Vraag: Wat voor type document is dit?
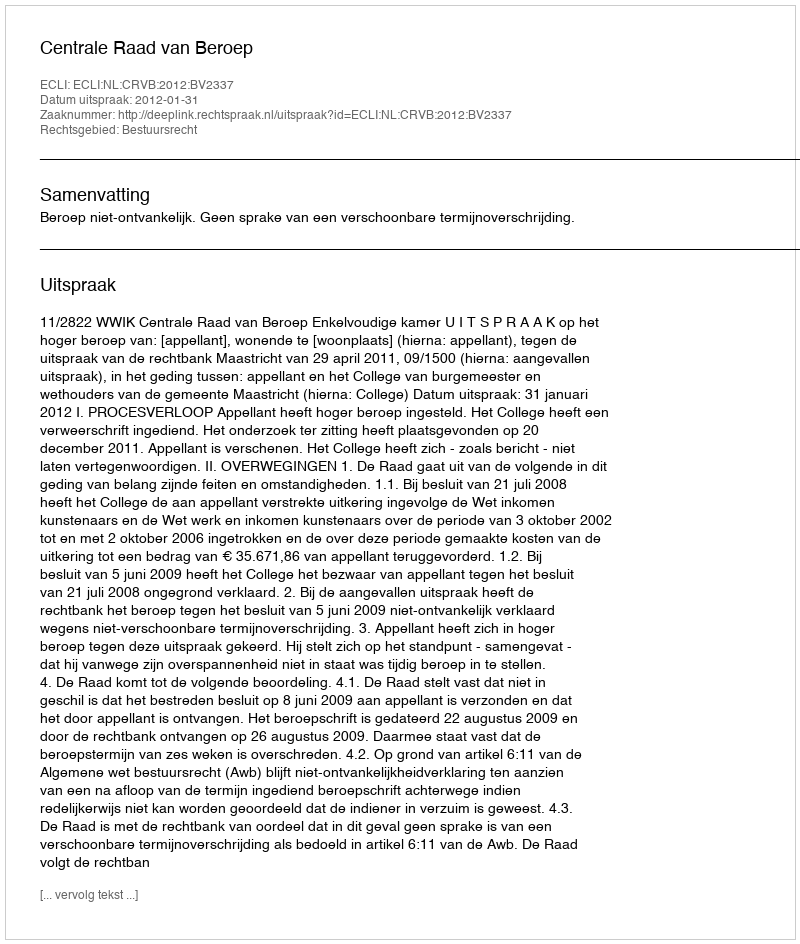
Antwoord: Uitspraak